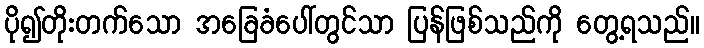
ပို၍တိုးတက်သော အခြေခံပေါ်တွင်သာ ပြန်ဖြစ်သည်ကို တွေ့ရသည်။